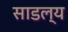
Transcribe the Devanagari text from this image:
साडल्य